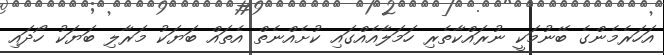
އަހަރެމެންގެ ބޭނުމަކީ ނުރައްކާތެރި ހަމަލާއެއްގައި ކުށެއްނެތް އެތައް ބަޔަކު މަރާލި ބަޔަކު ހޯދައި